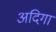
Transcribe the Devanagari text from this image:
अदिगा